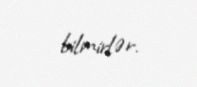
bilmirlər.